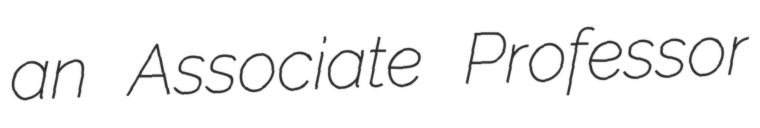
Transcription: an Associate Professor